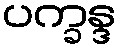
ပက္ခန္ဒ